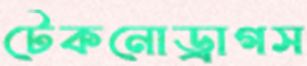
টেকনোড্রাগস